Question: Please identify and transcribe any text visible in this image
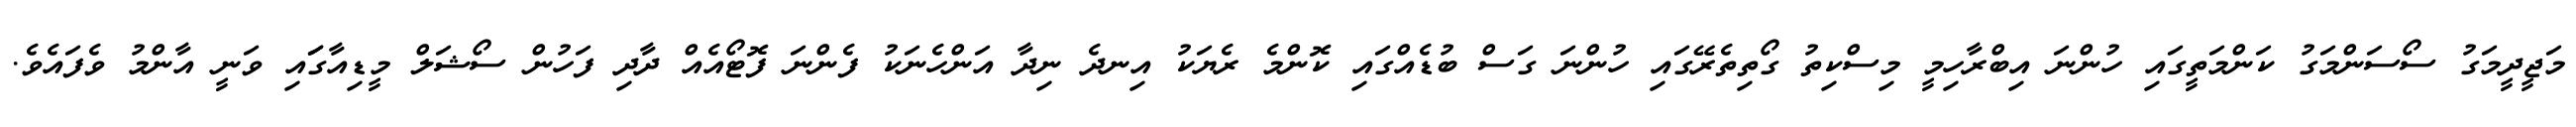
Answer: މަޖީދީމަގު ސޯސަންމަގު ކަންމަތީގައި ހުންނަ އިބްރާހިމީ މިސްކިތު ގޯތިތެރޭގައި ހުންނަ ގަސް ބުޑެއްގައި ކޮންމެ ރެޔަކު އިނދެ ނިދާ އަންހެނަކު ފެންނަ ފޮޓޯއެއް ދާދި ފަހުން ސޯޝަލް މީޑިއާގަައި ވަނީ އާންމު ވެފައެވެ.